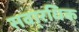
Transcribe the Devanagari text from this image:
सवा्रधिक